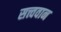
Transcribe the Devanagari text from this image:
सत्त्ववान